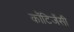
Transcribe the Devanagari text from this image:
कॉटिजेंसी